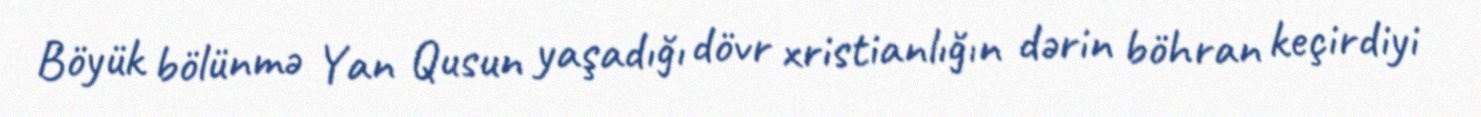
Böyük bölünmə Yan Qusun yaşadığı dövr xristianlığın dərin böhran keçirdiyi